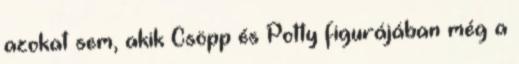
azokat sem, akik Csöpp és Potty figurájában még a